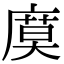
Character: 𢊗